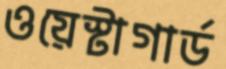
ওয়েস্টাগার্ড